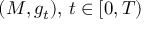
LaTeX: ( M , g _ { t } ) , \, t \in [ 0 , T )